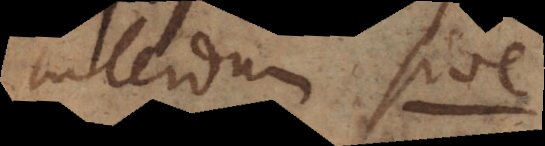
interdum sive